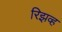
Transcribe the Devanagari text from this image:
रिझव्ह